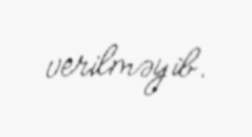
verilməyib.